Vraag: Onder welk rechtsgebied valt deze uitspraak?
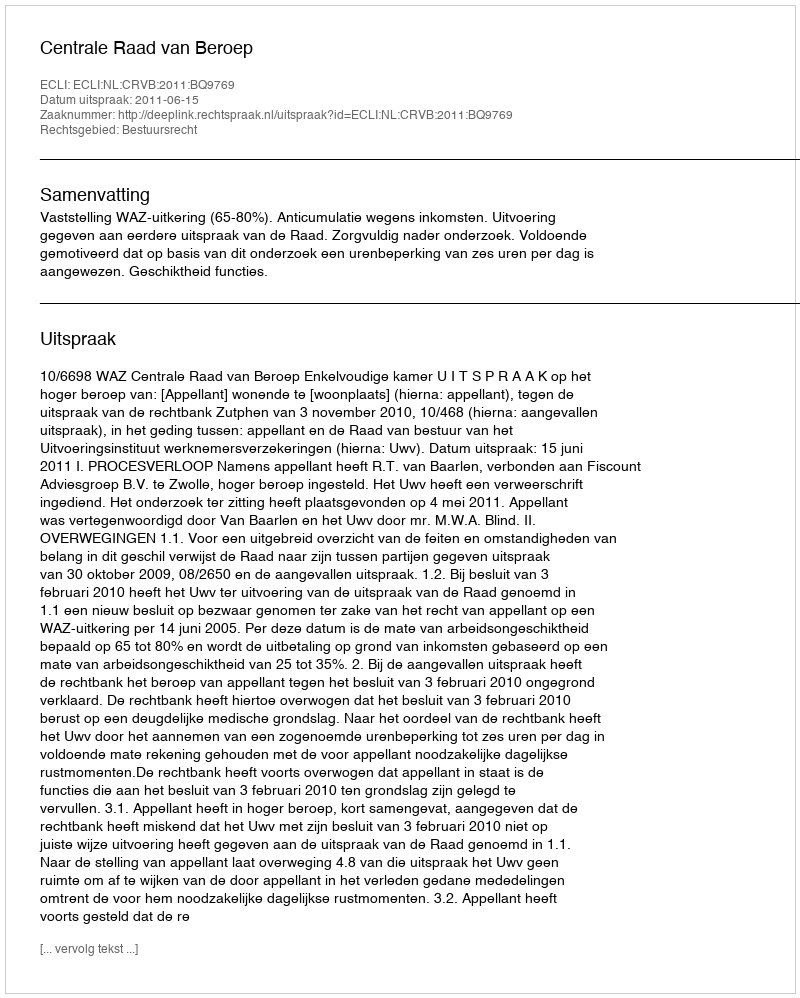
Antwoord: Bestuursrecht